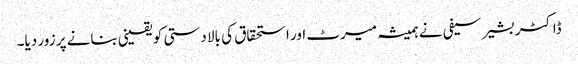
ڈاکٹر بشیر سیفی نے ہمیشہ میرٹ اور استحقاق کی بالا دستی کو یقینی بنانے پر زور دیا۔